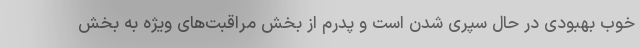
خوب بهبودی در حال سپری شدن است و پدرم از بخش مراقبت‌های ویژه به بخش